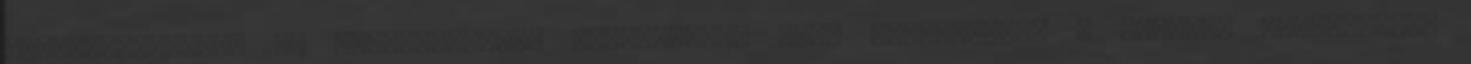
szódabikarbónát és narancshéjat. Elkeverjük, majd beletesszük a reszelt sárgarépát.